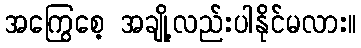
အကြွေစေ့ အချို့လည်းပါနိုင်မလား။